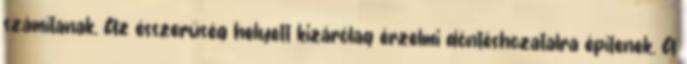
számítanak. Az ésszerűség helyett kizárólag érzelmi döntéshozatalra építenek. A